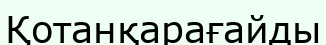
Қотанқарағайды